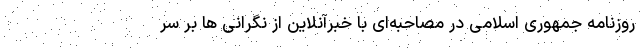
روزنامه جمهوری اسلامی در مصاحبه‌ای با خبرآنلاین از نگرانی ها بر سر